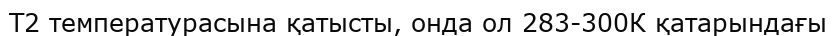
Т2 температурасына қатысты, онда ол 283-300К қатарындағы